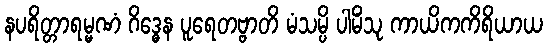
နပရိတ္တာရမ္မဏံ ဂိဒ္ဓေန ပူရေတဗ္ဗာတိ မံသမ္ပိ ပါမိံသု ကာယိကကိရိယာယ